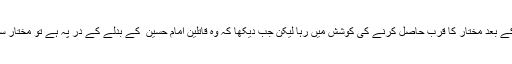
ان کی شکست کے بعد مختار کا قرب حاصل کرنے کی کوشش میں رہا لیکن جب دیکھا کہ وہ قاتلین امام حسین ؑ کے بدلے کے در پہ ہے تو مختار سے دور ہو گیا ۔